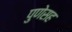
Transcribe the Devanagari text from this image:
पुणेसह